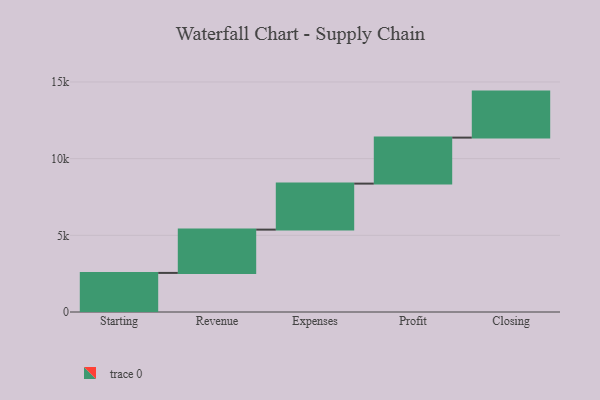
{"axis": {"x": "Step", "y": "Value"}, "legend": [""], "data": [{"x": "Starting", "y": 2549.0, "type": ""}, {"x": "Revenue", "y": 2823.0, "type": ""}, {"x": "Expenses", "y": 3000, "type": ""}, {"x": "Profit", "y": 3000, "type": ""}, {"x": "Closing", "y": 3000, "type": ""}]}